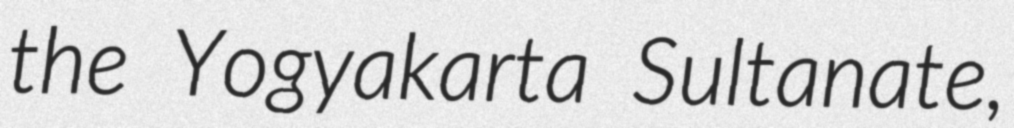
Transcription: the Yogyakarta Sultanate,